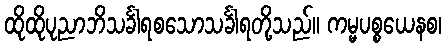
ထိုထိုပုညာဘိသင်္ခါရစသောသင်္ခါရတို့သည်။ ကမ္မပစ္စယေနစ၊